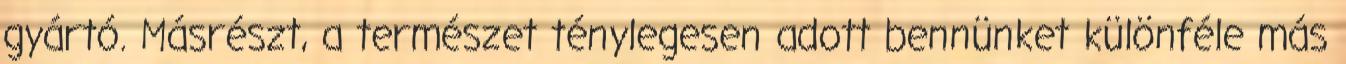
gyártó. Másrészt, a természet ténylegesen adott bennünket különféle más